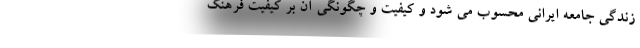
زندگی جامعه ایرانی محسوب می شود و کیفیت و چگونگی آن بر کیفیت فرهنگ